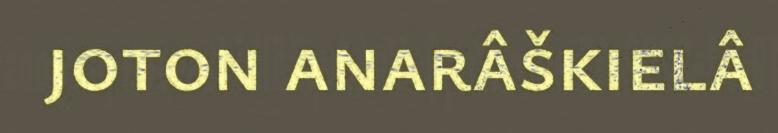
joton anarâškielâ